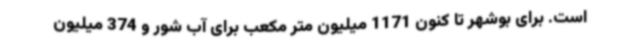
است. برای بوشهر تا کنون 1171 میلیون متر مکعب برای آب شور و 374 میلیون